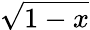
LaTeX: \sqrt{1-x}